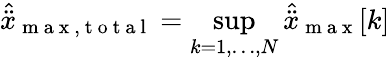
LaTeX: \hat{\ddot{x}}_{\mathrm{~m~a~x~,~t~o~t~a~l~}}=\operatorname*{sup}_{k=1,\ldots,N}\hat{\ddot{x}}_{\mathrm{~m~a~x~}}[k]